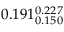
0 . 1 9 1 _ { 0 . 1 5 0 } ^ { 0 . 2 2 7 }